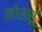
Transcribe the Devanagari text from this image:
मोसरू